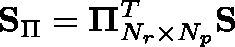
\mathbf { S } _ { \Pi } = \mathbf { \Pi } _ { N _ { r } \times N _ { p } } ^ { T } \mathbf { S }